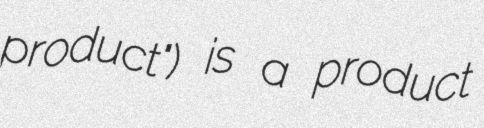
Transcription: product") is a product